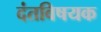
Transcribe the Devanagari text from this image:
दंतविषयक